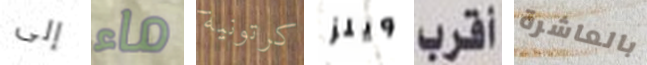
إلى ماء كرتونية ويلز أقرب بالعاشرة